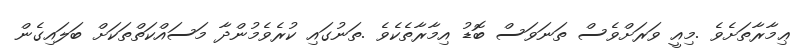
ޢިމާރާތަށެވެ .މިއީ ވަރަށްވެސް ތަނަވަސް ބޮޑު އިމާރާތެކެވެ .ތަނުގައި ކުރެވެމުންދާ މަސައްކަތްތަކަށް ބަލައިގެން